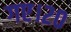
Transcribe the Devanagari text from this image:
गए।२०